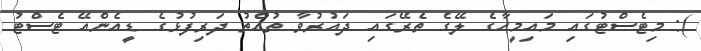
): މިޓެސްޓުގައި މައިމީހާގެ ލޭގެ ތެރޭގައި ދައުރުވާ ތުއްތު ދަރިފުޅުގެ ޑީއެންއޭ ޓެސްޓު